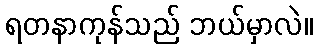
ရတနာကုန်သည် ဘယ်မှာလဲ။